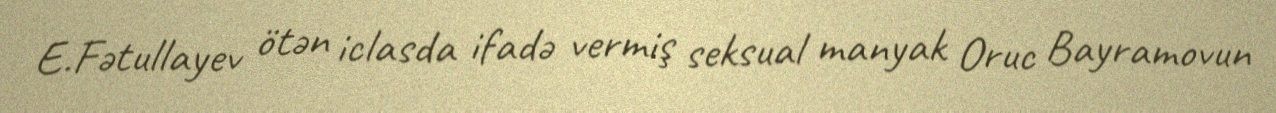
E.Fətullayev ötən iclasda ifadə vermiş seksual manyak Oruc Bayramovun